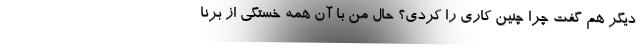
دیگر هم گفت چرا چنین کاری را کردی؟ حال من با آن همه خستگی از برنا